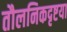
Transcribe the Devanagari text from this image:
तौलनिकदृष्टया